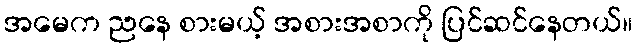
အမေက ညနေ စားမယ့် အစားအစာကို ပြင်ဆင်နေတယ်။